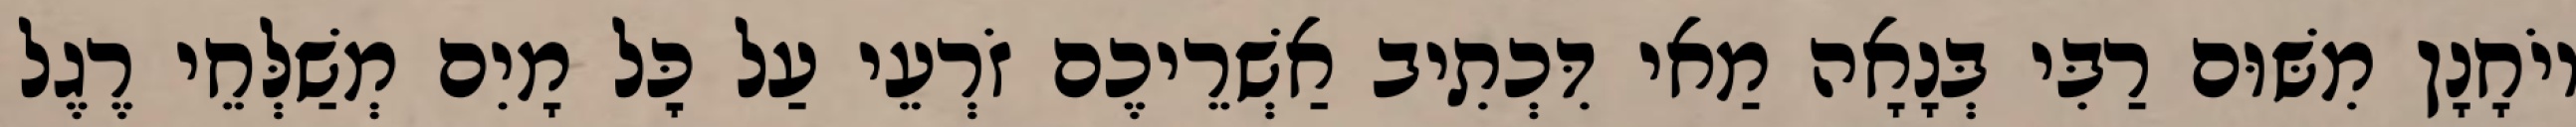
יוֹחָנָן מִשּׁוּם רַבִּי בְּנָאָה מַאי דִּכְתִיב אַשְׁרֵיכֶם זֹרְעֵי עַל כׇּל מָיִם מְשַׁלְּחֵי רֶגֶל